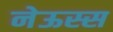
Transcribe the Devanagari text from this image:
नेऊस्स